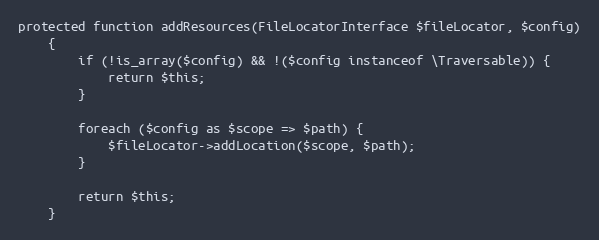
Language: PHP
protected function addResources(FileLocatorInterface $fileLocator, $config)
    {
        if (!is_array($config) && !($config instanceof \Traversable)) {
            return $this;
        }

        foreach ($config as $scope => $path) {
            $fileLocator->addLocation($scope, $path);
        }

        return $this;
    }